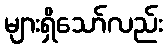
များရှိသော်လည်း